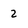
Character: 2